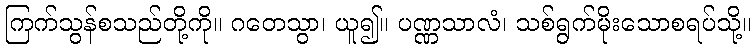
ကြက်သွန်စသည်တို့ကို။ ဂတေသွာ၊ ယူ၍။ ပဏ္ဏသာလံ၊ သစ်ရွက်မိုးသောစရပ်သို့။